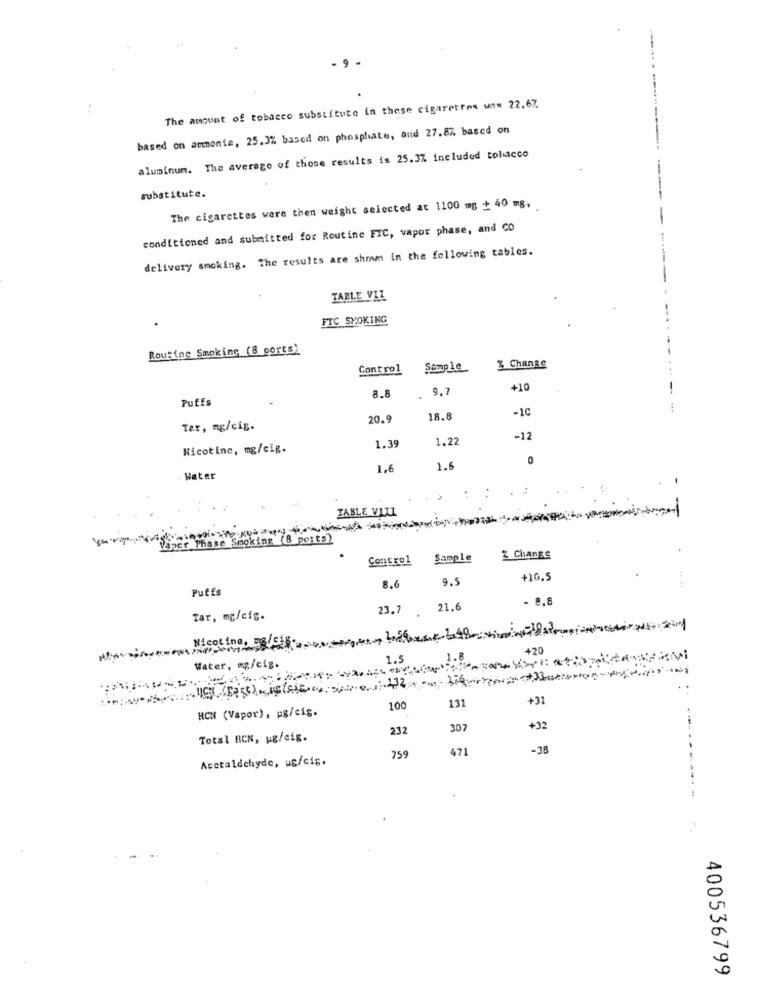
The amount of tobacco substitute in these cigaretfre un= 22.67.
based on ammonia, 25.3% based on phosphate, and 27.8%, based on
aluminum. The average of these results is 25.3% included tolucco
substitute.
The cigarettes were then weight selected at 1100 mg + 40 mg,
conditioned and submitted for Routine FIC, vapor phase, and CO
delivery smoking. The results are shown in the following tables.
-
TABLE VIZ
FTC SMOKING
Routine Smoking (8 ports)
Control
Sample
Z Change
9.7
+10
--
Puffs
8.8
.
-10
20.9
18.8
Tar, mg/cig.
1.22
-12
Nicotine, mg/cig.
1.39
1,6
1.6
- Water
TABLE VILL
Vaper Phase Smoking (8 posts)
Control
Sample
Z Change
9.5
+10.5
Puffs
8.6
- 8,8
23.7 .
21.6
Tar, mg/cig.
+20
1.5
Water, mg/cig.
131
+31
HCN (Vapor), pg/cig.
100
232
307
+32
Total BCN, ug/cig.
471
-38
Acetaldehyde, ug/cis.
759
...
400536799